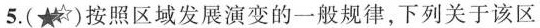
5.( )按照区域发展演变的一般规律，下列关于该区